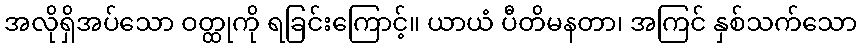
အလိုရှိအပ်သော ဝတ္ထုကို ရခြင်းကြောင့်။ ယာယံ ပီတိမနတာ၊ အကြင် နှစ်သက်သော